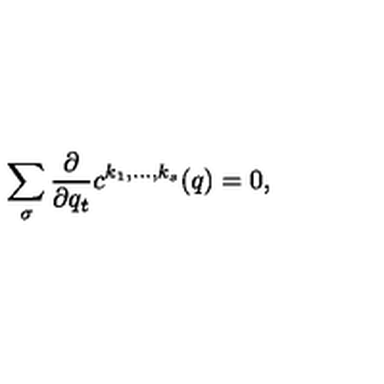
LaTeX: \sum _ { \sigma } { \frac { \partial } { \partial q _ { t } } } c ^ { k _ { 1 } , \ldots , k _ { s } } ( q ) = 0 ,